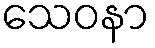
သေဝနာ